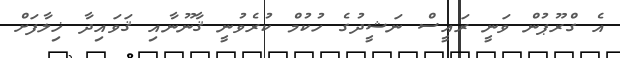
އެ ގްރޫޕުން ވަނީ ރައީސް ނަޝީދުގެ ހުކުމް ކުރެވުނީ ޤާނޫނާއި ޤަވައިދާ ޚިލާފަށް